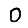
Digit: 0